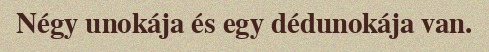
Négy unokája és egy dédunokája van.